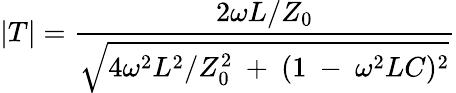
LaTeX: |T|={\frac{2\omega L/Z_{0}}{\sqrt{4\omega^{2}L^{2}/Z_{0}^{2}~+~(1~-~\omega^{2}LC)^{2}}}}